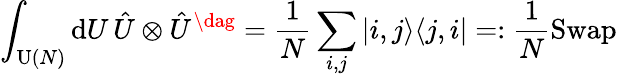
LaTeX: \int_{\operatorname{U}(N)}\mathrm{d}U\, \hat{U}\otimes\hat{U}^{\dag}=\frac{1}{N}\sum_{i,j}|i,j\rangle\langle j,i|=:\frac{1}{N}\operatorname{Swap}